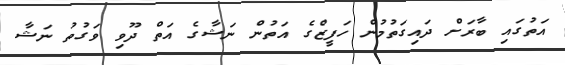
އަތުގައި ބާރަށް ދައިގަތުމުން ހަފީޒްގެ އަތުން ނަޝާގެ އަތް ދޫވި ވަގުތު ނަޝާ